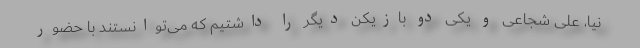
نیا، علی شجاعی و یکی دو بازیکن دیگر را داشتیم که می‌توانستند با حضور